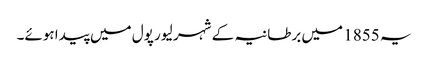
یہ 1855 میں برطانیہ کے شہر لیور پول میں پیدا ہوئے۔